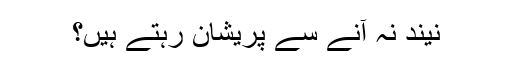
نیند نہ آنے سے پریشان رہتے ہیں؟